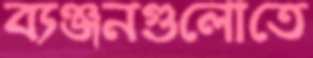
ব্যঞ্জনগুলোতে